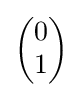
\textstyle {\begin{pmatrix}0\\1\end{pmatrix}}